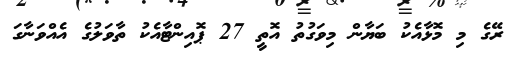
ރޭގެ މި މޮޅާއެކު ބަޔާން މިވަގުތު އޮތީ 27 ޕޮއިންޓާއެކު ތާވަލުގެ އެއްވަނާގަ